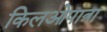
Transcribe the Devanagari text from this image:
किलओपात्रा